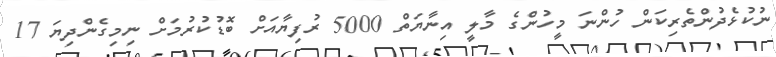
ނުކުޅެދުންތެރިކަން ހުންނަ މީހުންގެ މާލީ އިނާޔަތް 5000 ރުފިޔާއަށް ބޮޑުކުރުމަށް ނިމިގެންދިޔަ 17